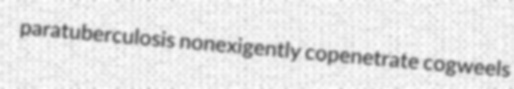
paratuberculosis nonexigently copenetrate cogweels